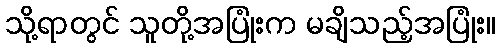
သို့ရာတွင် သူတို့အပြုံးက မချိသည့်အပြုံး။